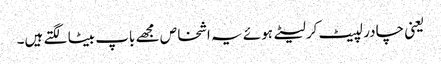
یعنی چادر لپیٹ کر لیٹے ہوئے یہ اشخاص مجھے باپ بیٹا لگتے ہیں۔